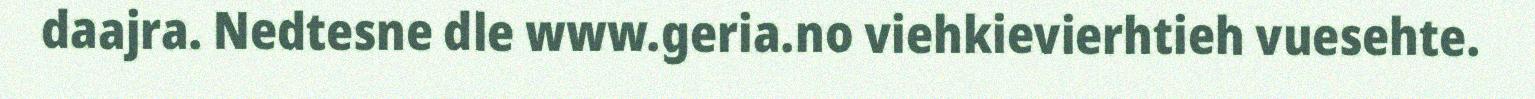
daajra. Nedtesne dle www.geria.no viehkievierhtieh vuesehte.